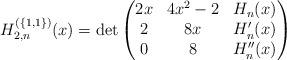
LaTeX: \begin{gather*}H_{2,n}^{(\{1,1\})}(x)=\det\begin{pmatrix}2x & 4x^2-2 & H_n(x)\\2 & 8x & H_n'(x)\\0 & 8 & H_n''(x)\end{pmatrix}\end{gather*}